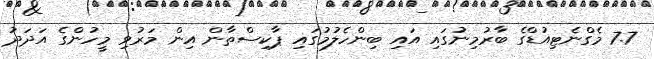
7.7 މެގްނެޓިއުޑްގެ ބާރުމިނުގައި އައި ބިންހެލުމުގައި ޕާކިސްތާން އިން މަރުވި މީހުންގެ އަދަދު